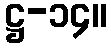
ဋ္ဌ-၁၄။